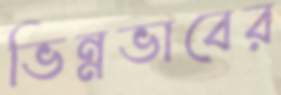
ভিন্নভাবের